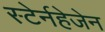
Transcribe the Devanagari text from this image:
स्टेर्नहेजेन